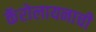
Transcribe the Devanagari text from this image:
कॅरोलायनाची